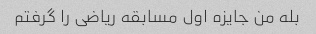
بله من جایزه اول مسابقه ریاضی را گرفتم